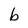
Character: b